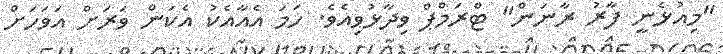
"މިއުޅެނީ ފާރު ރާނަން" ޓްރަމްޕް ވިދާޅުވިއެވެ. ހަމަ އެއާއެކު އެކަން ވަރަށް އަވަހަށް